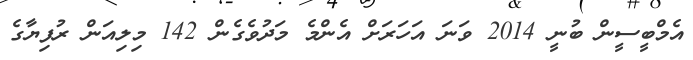
އެމްބީސީން ބުނީ 2014 ވަނަ އަހަރަށް އެންމެ މަދުވެގެން 142 މިލިއަން ރުފިޔާގެ